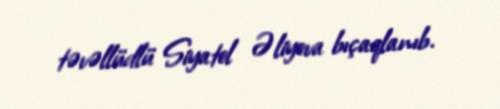
təvəllüdlü Siyatel Əliyeva bıçaqlanıb.